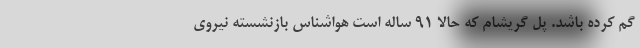
گم کرده باشد. پل گریشام که حالا ۹۱ ساله است هواشناس بازنشسته نیروی